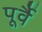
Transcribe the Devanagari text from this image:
पूर्वै